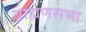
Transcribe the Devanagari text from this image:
ब्राह्मणसभा